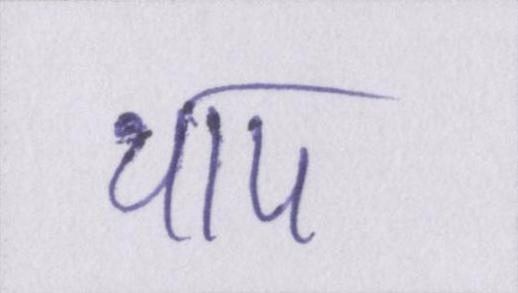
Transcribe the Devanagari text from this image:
थाप